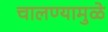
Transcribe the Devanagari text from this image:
चालण्यामुळे